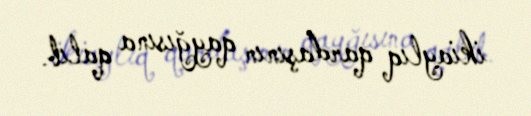
ikiaylıq qardaşının qayğısına qalıb.